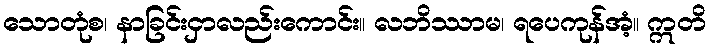
သောတုံစ၊ နာခြင်းငှာလည်းကောင်း။ လဘိဿာမ၊ ရပေကုန်အံ့။ ဣတိ